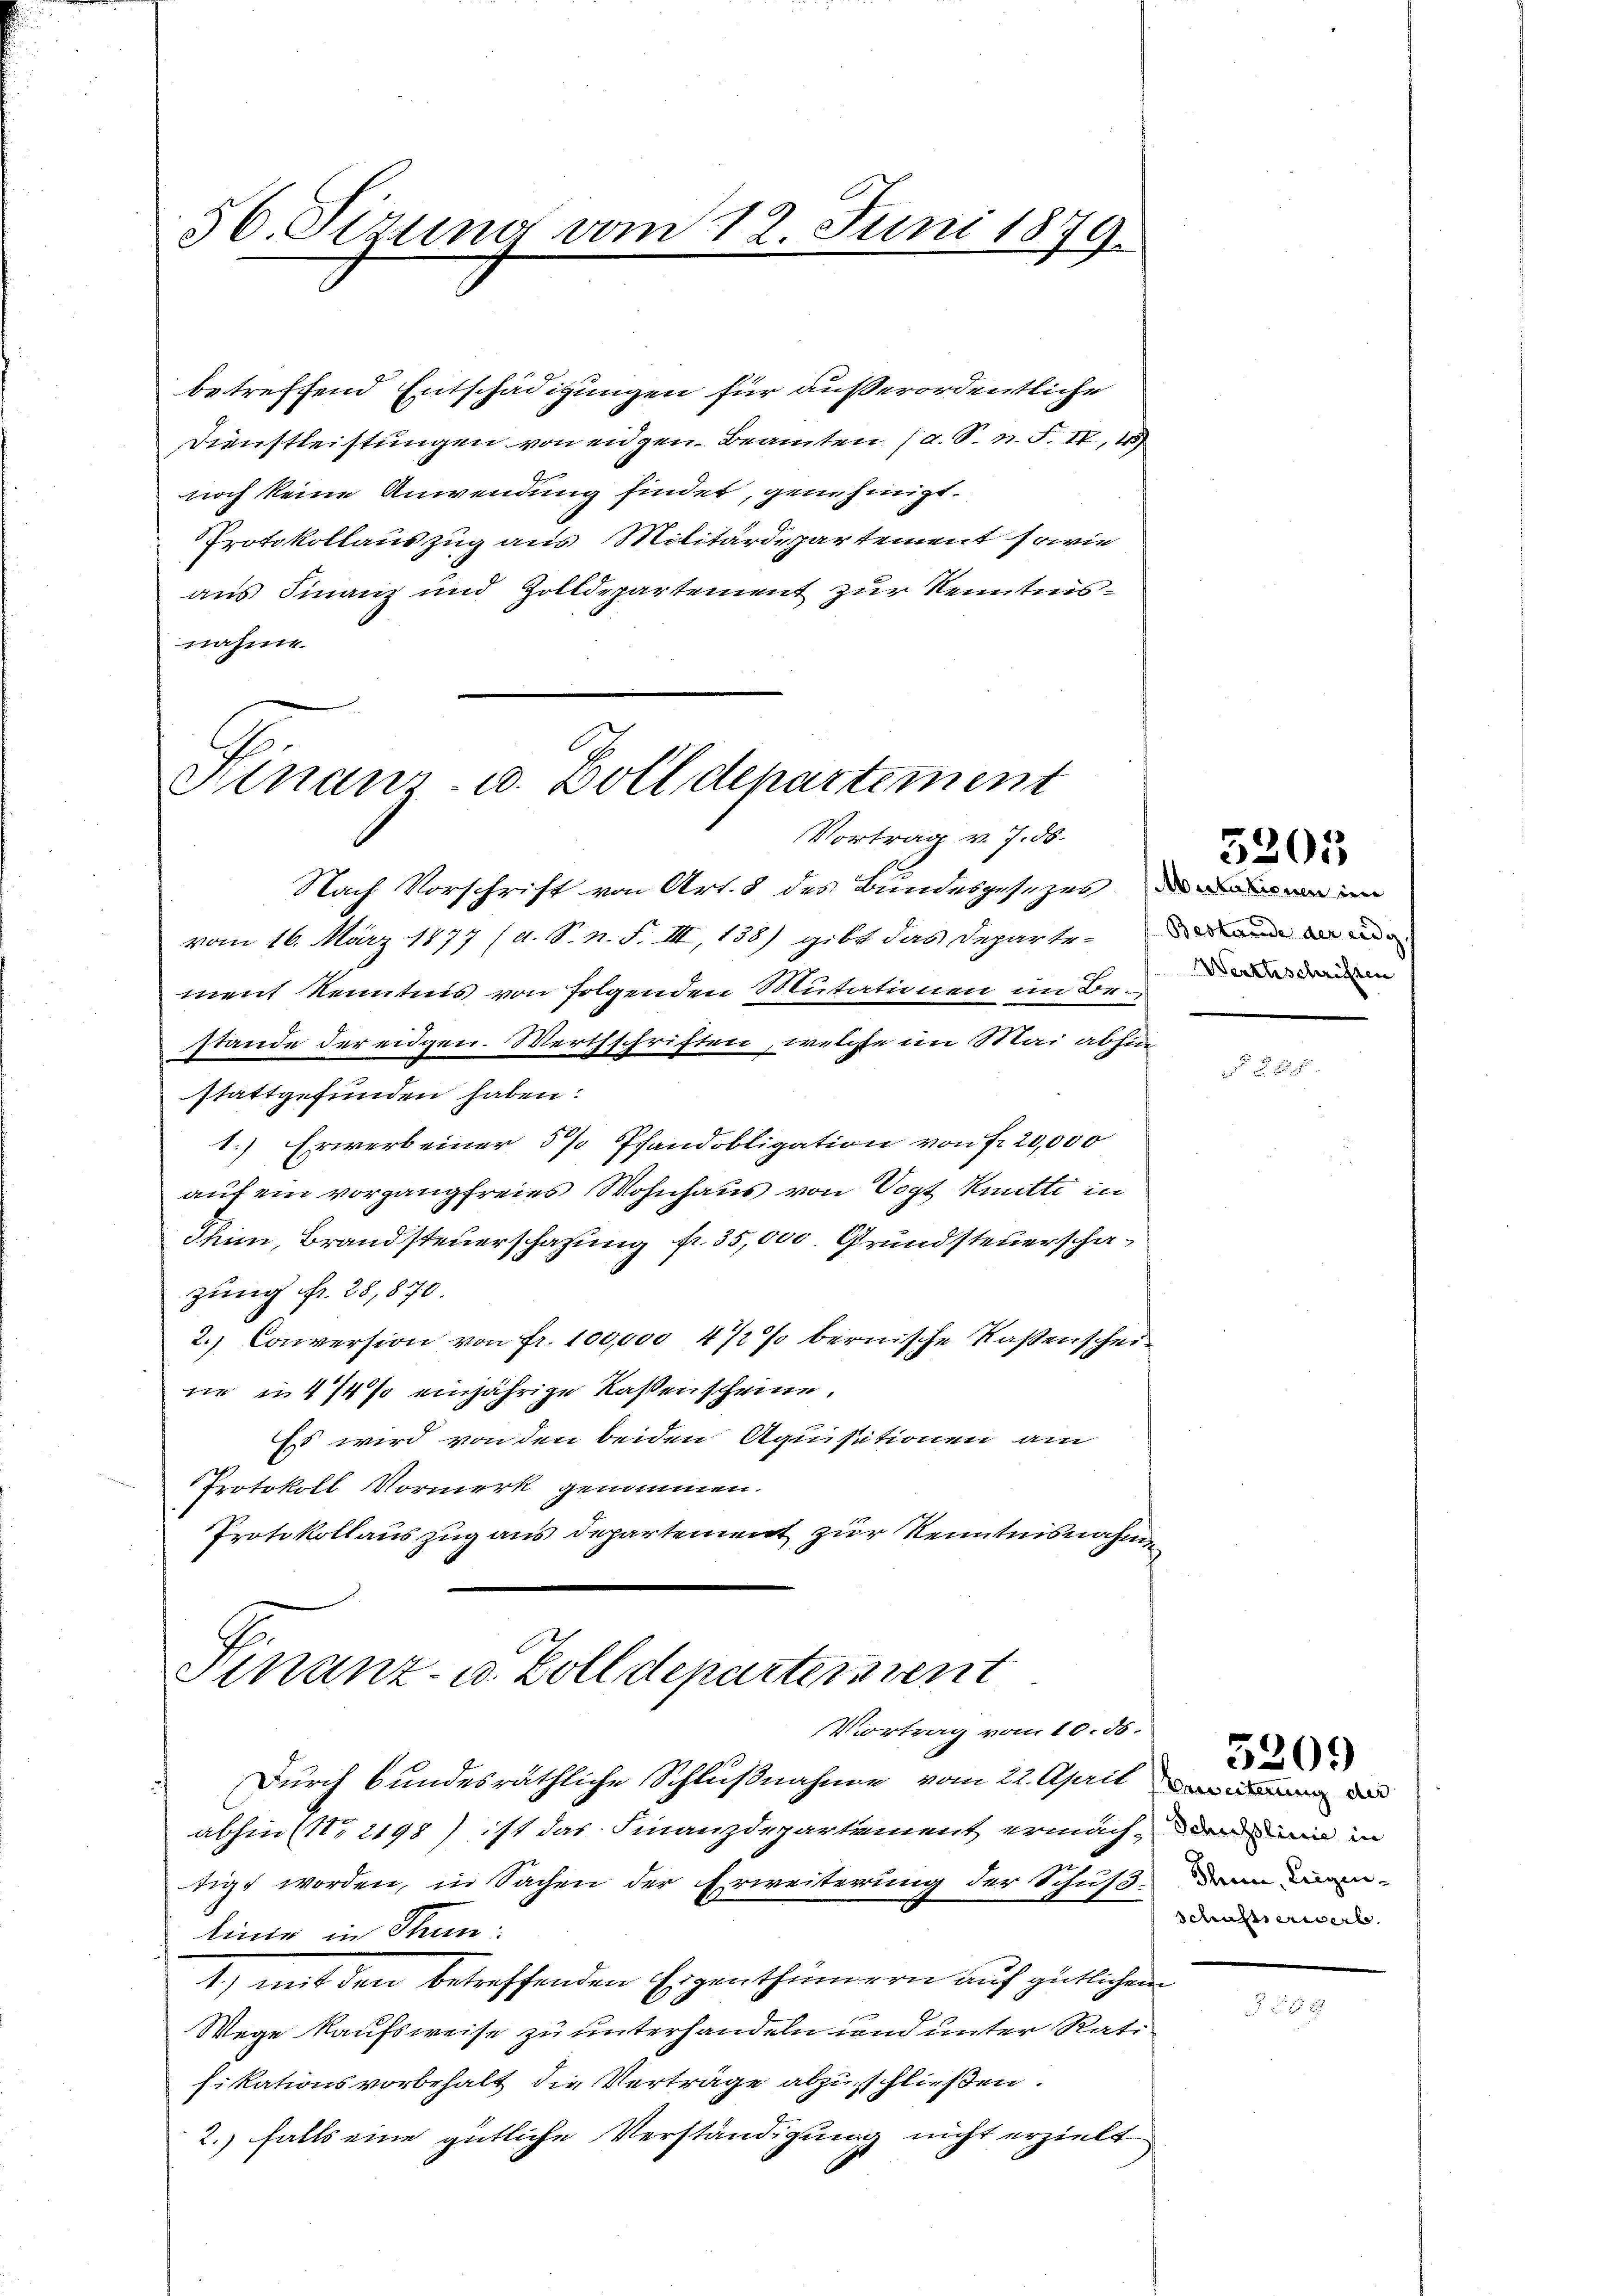
56. Sizung vom 12. Juni 1879.

betreffend Entschädigungen für außerordentliche
Dienstleistungen von eidgen. Beamten (a. S. n. F. IV, 4
noch keine Anwendung findet, genehmigt.
Protokollauszug aus Militärdepartement sowie
aus Finanz und Zolldepartement zur Kenntnisnahme.

Hinanz- u. Zolldepartement
Vortrag v. 7. ds.

Nach Vorschrift von Art. 8 des Bundesgesezes i
vom 16. März 1877 (d. S. n. F. III 138) gibt das Departe-
ment Kenntnis von Folgenden Mutationen im Bestande der eidgen. Werthschriften, welche im Mai abhin
stattgefunden haben.
1.) Erwerb einer 5 % Pfandobligation von Fr. 20,000
auf ein vorgängfreies Wohnhaus von Vogt Knütte in
Ihin, Brandsteuerschafung Nr. 35,000. Grundsteuerschazung fr. 28,870.
2.) Conversion von fr. 100,000 4 1/2 % bernische Kaßenschein
ne in 4/4 % einjährige Kassenscheine.
Es wird von den beiden Aquisitionen am
Protokoll Vormerk genommen.
Protokollauszug aus Departement zur Kenntnisnahme

Finanz- u. Zolldepartens vent
Vortrag vom 10. ds.

Durch bundesräthliche Schlußnahme vom 22. April an d
abhin 2198) ist das Finanzdepartement ermächtigt worden, in Sachen der Erweiterung der Schus-
linie in Stum:
1.) mit den betreffenden Eigenthümern auf gütlichem
Wege kaufsweise zu unterhandeln und unter Rati
fikationsvorbehalt die Verträge abzuschließen.
2.) falls eine gütliche Verständigung nicht erzielt

Bestande der eidg.
Werthschriften

5205

Schusslinie in
Sheim, Leigen-
schaftserwerb

5209